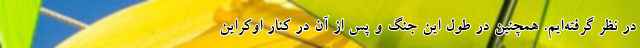
در نظر گرفته‌ایم. همچنین در طول این جنگ و پس از آن در کنار اوکراین